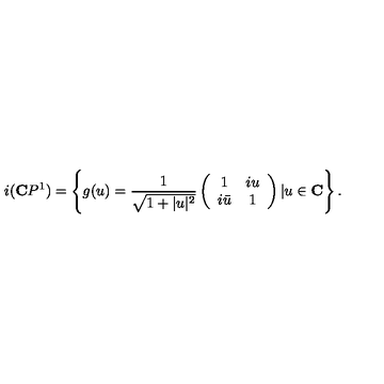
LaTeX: i ( \mathbf { C } P ^ { 1 } ) = \left\{ g ( u ) = \frac { 1 } { \sqrt { 1 + | u | ^ { 2 } } } \left( \begin{array} { c c } { 1 } & { i u } \\ { i \bar { u } } & { 1 } \\ \end{array} \right) | u \in \mathbf { C } \right\} .